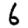
Digit: 6